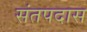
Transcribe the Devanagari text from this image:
संतपदास